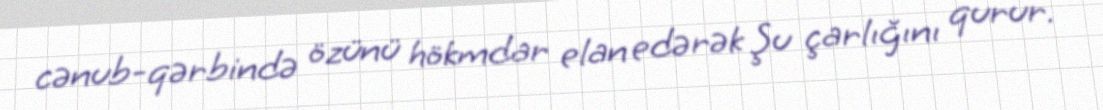
cənub-qərbində özünü hökmdar elan edərək Şu çarlığını qurur.